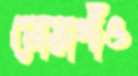
মোয়াগাঁও